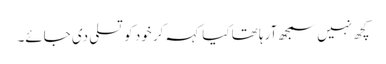
کچھ نہیں سمجھ آرہا تھا کیا کہہ کر خود کو تسلی دی جائے۔